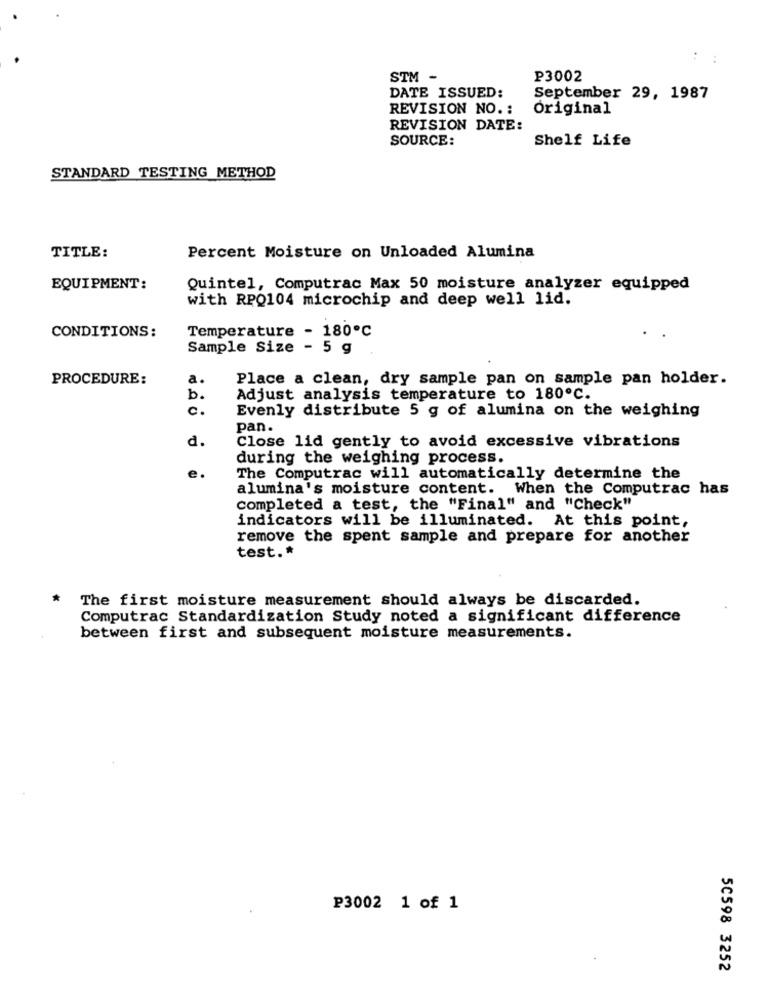
:
STM -
P3002
DATE ISSUED:
September 29, 1987
REVISION NO. :
Original
REVISION DATE:
SOURCE:
Shelf Life
STANDARD TESTING METHOD
TITLE:
Percent Moisture on Unloaded Alumina
EQUIPMENT:
Quintel, Computrac Max 50 moisture analyzer equipped
with RPQ104 microchip and deep well lid.
Temperature - 180℃
CONDITIONS:
Sample Size - 5 g
PROCEDURE:
a.
Place a clean, dry sample pan on sample pan holder.
b.
Adjust analysis temperature to 180º℃.
c.
Evenly distribute 5 g of alumina on the weighing
pan.
d.
Close lid gently to avoid excessive vibrations
during the weighing process.
e.
The Computrac will automatically determine the
alumina's moisture content. When the Computrac has
completed a test, the "Final" and "Check"
indicators will be illuminated. At this point,
remove the spent sample and prepare for another
test .*
*
The first moisture measurement should always be discarded.
Computrac Standardization Study noted a significant difference
between first and subsequent moisture measurements.
P3002 1 of 1
50598 3252